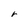
Character: r